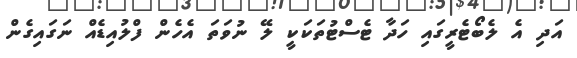
އަދި އެ ލެބޯޓެރީގައި ހަދާ ޓެސްޓުތަކަކީ ލޭ ނުވަތަ އެހެން ފްލުއިޑެއް ނަގައިގެން